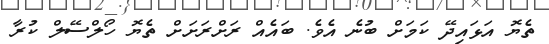
ތެޔޮ އަޅައިދޭ ކަމަށް ބުނެ އެވެ. ބައެއް ރަށްރަށަށް ތެޔޮ ހޯލްސޭލް ކުރާ